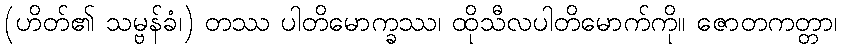
(ဟိတ်၏ သမ္ဗန်ခံ၊) တဿ ပါတိမောက္ခဿ၊ ထိုသီလပါတိမောက်ကို။ ဇောတကတ္တာ၊